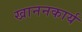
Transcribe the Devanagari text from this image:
खाननकार्य